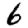
Digit: 6